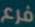
فرع